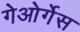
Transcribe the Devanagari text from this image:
गेओर्गेस